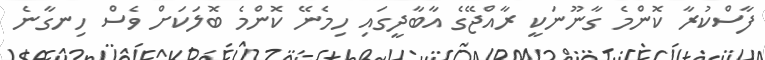
ފާސްކުރާ ކޮންމެ ގާނޫނަކީ ރާއްޖޭގެ އާބާދީގައި ހިމެނޭ ކޮންމެ ބޮލަކަށް ވެސް ހިނގާނެ